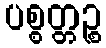
ပစ္စတ္တဉ္စ